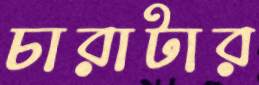
চারাটার